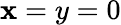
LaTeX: \mathbf{x}=y=0